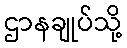
ဌာနချုပ်သို့